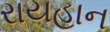
રાયહાન